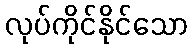
လုပ်ကိုင်နိုင်သော